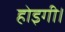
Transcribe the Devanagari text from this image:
होइगी।